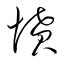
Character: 憤